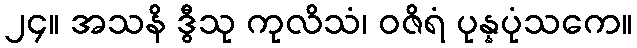
၂၄။ အသနိ ဒွီသု ကုလိသံ၊ ဝဇိရံ ပုန္နပုံသကေ။